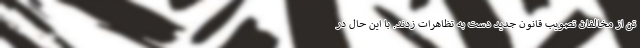
تن از مخالفان تصویب قانون جدید دست به تظاهرات زدند. با این حال در